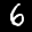
Label: 6